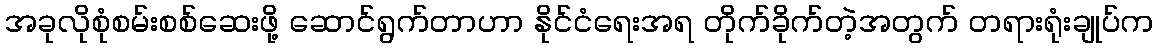
အခုလိုစုံစမ်းစစ်ဆေးဖို့ ဆောင်ရွက်တာဟာ နိုင်ငံရေးအရ တိုက်ခိုက်တဲ့အတွက် တရားရုံးချုပ်က